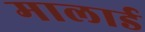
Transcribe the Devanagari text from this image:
मालार्ड